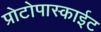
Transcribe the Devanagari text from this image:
प्रोटोपास्काईट